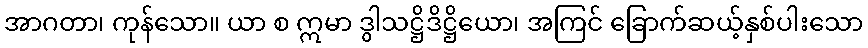
အာဂတာ၊ ကုန်သော။ ယာ စ ဣမာ ဒွါသဋ္ဌိဒိဋ္ဌိယော၊ အကြင် ခြောက်ဆယ့်နှစ်ပါးသော